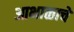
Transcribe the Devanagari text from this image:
आभाळाचे